Civil Veterinary Department ledger series I-VI
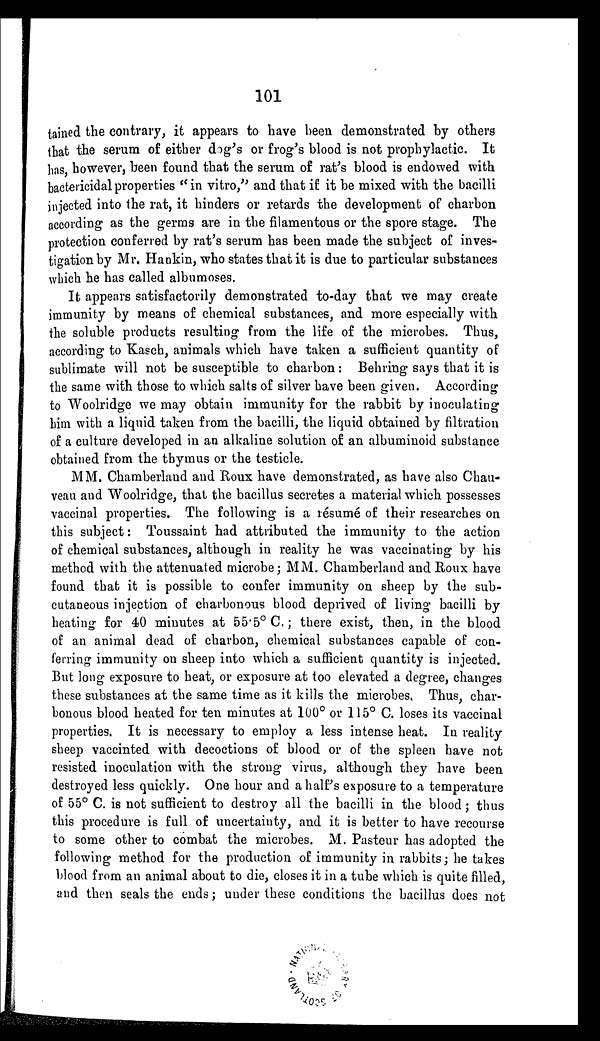
101
tained the contrary, it appears to have been demonstrated by others
that the serum of either dog's or frog's blood is not prophylactic. It
has, however, been found that the serum of rat's blood is endowed with
bactericidal properties "in vitro," and that if it be mixed with the bacilli
injected into the rat, it hinders or retards the development of charbon
according as the germs are in the filamentous or the spore stage. The
protection conferred by rat's serum has been made the subject of inves-
tigation by Mr. Hankin, who states that it is due to particular substances
which he has called albumoses.
It appears satisfactorily demonstrated to-day that we may create
immunity by means of chemical substances, and more especially with
the soluble products resulting from the life of the microbes. Thus,
according to Kasch, animals which have taken a sufficient quantity of
sublimate will not be susceptible to charbon: Behring says that it is
the same with those to which salts of silver have been given. According
to Woolridge we may obtain immunity for the rabbit by inoculating
him with a liquid taken from the bacilli, the liquid obtained by filtration
of a culture developed in an alkaline solution of an albuminoid substance
obtained from the thymus or the testicle.
MM. Chamberland and Roux have demonstrated, as have also Chau-
veau and Woolridge, that the bacillus secretes a material which possesses
vaccinal properties. The following is a résumé of their researches on
this subject: Toussaint had attributed the immunity to the action
of chemical substances, although in reality he was vaccinating by his
method with the attenuated microbe; MM. Chamberland and Roux have
found that it is possible to confer immunity on sheep by the sub-
cutaneous injection of charbonous blood deprived of living bacilli by
heating for 40 minutes at 55.5º C.; there exist, then, in the blood
of an animal dead of charbon, chemical substances capable of con-
ferring immunity on sheep into which a sufficient quantity is injected.
But long exposure to heat, or exposure at too elevated a degree, changes
these substances at the same time as it kills the microbes. Thus, char-
bonous blood heated for ten minutes at 100º or 115º C. loses its vaccinal
properties. It is necessary to employ a less intense heat. In reality
sheep vaccinted with decoctions of blood or of the spleen have not
resisted inoculation with the strong virus, although they have been
destroyed less quickly. One hour and a half's exposure to a temperature
of 55º C. is not sufficient to destroy all the bacilli in the blood; thus
this procedure is full of uncertainty, and it is better to have recourse
to some other to combat the microbes. M. Pasteur has adopted the
following method for the production of immunity in rabbits; he takes
blood from an animal about to die, closes it in a tube which is quite filled,
and then seals the ends; under these conditions the bacillus does not